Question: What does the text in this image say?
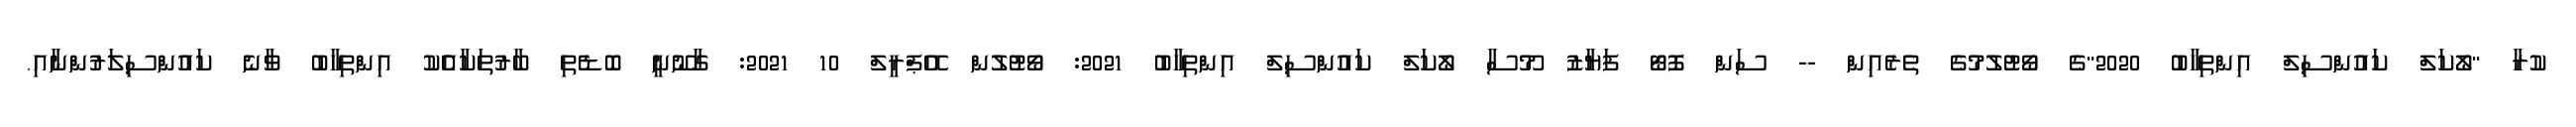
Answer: ކުރާ "ލޯކަލް ކައުންސިލް އިންތިހާބު 2020"ގެ ވޯޓުލުމުގެ ތެރެއިން -- ސަން ފޮޓޯ ފަޔާޒު މޫސާ ލޯކަލް ކައުންސިލް އިންތިހާބު 2021: ވޯޓުލުން އޭޕްރީލް 10 2021: ގާނޫނީ ބޮޑެތި ބާރުތަކާއެެކު އިންތިހާބު ވާނެ ކައުންސިލަރުންނާއި.